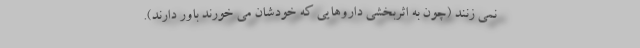
نمی زنند (چون به اثربخشی داروهایی که خودشان می خورند باور دارند).